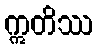
ဣတိဿ